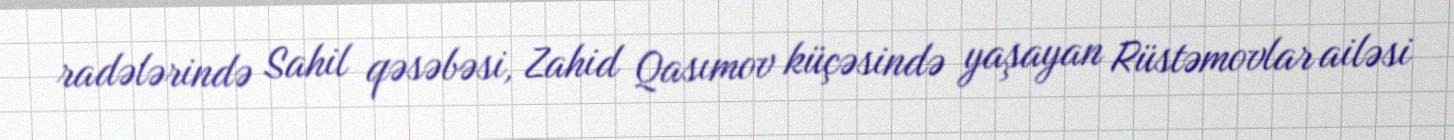
radələrində Sahil qəsəbəsi, Zahid Qasımov küçəsində yaşayan Rüstəmovlar ailəsi